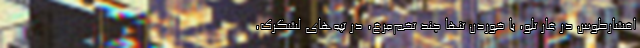
افشارطوس در غار تلو، با خوردن تنها چند تخم‌مرغ، در تپه‌های لشگرک،